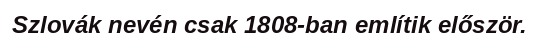
Szlovák nevén csak 1808-ban említik először.